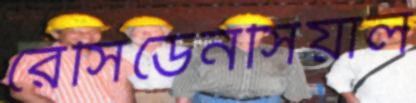
রেসিডেনসিয়াল